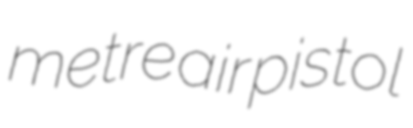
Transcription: metre air pistol